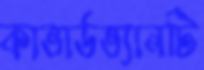
কাভার্ডভ্যানটি